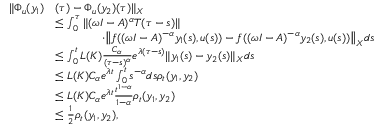
\begin{array} { r l } { \| \Phi _ { u } ( y _ { 1 } ) } & { ( \tau ) - \Phi _ { u } ( y _ { 2 } ) ( \tau ) \| _ { X } } \\ & { \leq \int _ { 0 } ^ { \tau } \| ( \omega I - A ) ^ { \alpha } T ( \tau - s ) \| } \\ & { \qquad \qquad \cdot \big \| f ( ( \omega I - A ) ^ { - \alpha } y _ { 1 } ( s ) , u ( s ) ) - f ( ( \omega I - A ) ^ { - \alpha } y _ { 2 } ( s ) , u ( s ) ) \big \| _ { X } d s } \\ & { \leq \int _ { 0 } ^ { t } L ( K ) \frac { C _ { \alpha } } { ( \tau - s ) ^ { \alpha } } e ^ { \lambda ( \tau - s ) } \| y _ { 1 } ( s ) - y _ { 2 } ( s ) \| _ { X } d s } \\ & { \leq L ( K ) C _ { \alpha } e ^ { \lambda t } \int _ { 0 } ^ { t } s ^ { - \alpha } d s \rho _ { t } ( y _ { 1 } , y _ { 2 } ) } \\ & { \leq L ( K ) C _ { \alpha } e ^ { \lambda t } \frac { t ^ { 1 - \alpha } } { 1 - \alpha } \rho _ { t } ( y _ { 1 } , y _ { 2 } ) } \\ & { \leq \frac { 1 } { 2 } \rho _ { t } ( y _ { 1 } , y _ { 2 } ) , } \end{array}